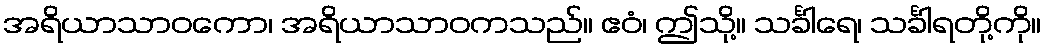
အရိယာသာဝကော၊ အရိယာသာဝကသည်။ ဧဝံ၊ ဤသို့။ သင်္ခါရေ၊ သင်္ခါရတို့ကို။